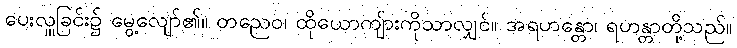
ပေးလှူခြင်း၌ မွေ့လျော်၏။ တညေဝ၊ ထိုယောကျ်ားကိုသာလျှင်။ အရဟန္တော၊ ရဟန္တာတို့သည်။